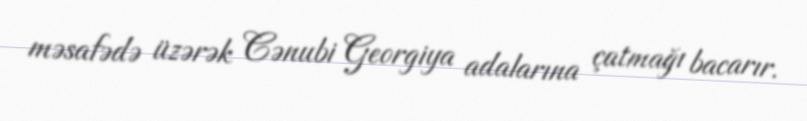
məsafədə üzərək Cənubi Georgiya adalarına çatmağı bacarır.